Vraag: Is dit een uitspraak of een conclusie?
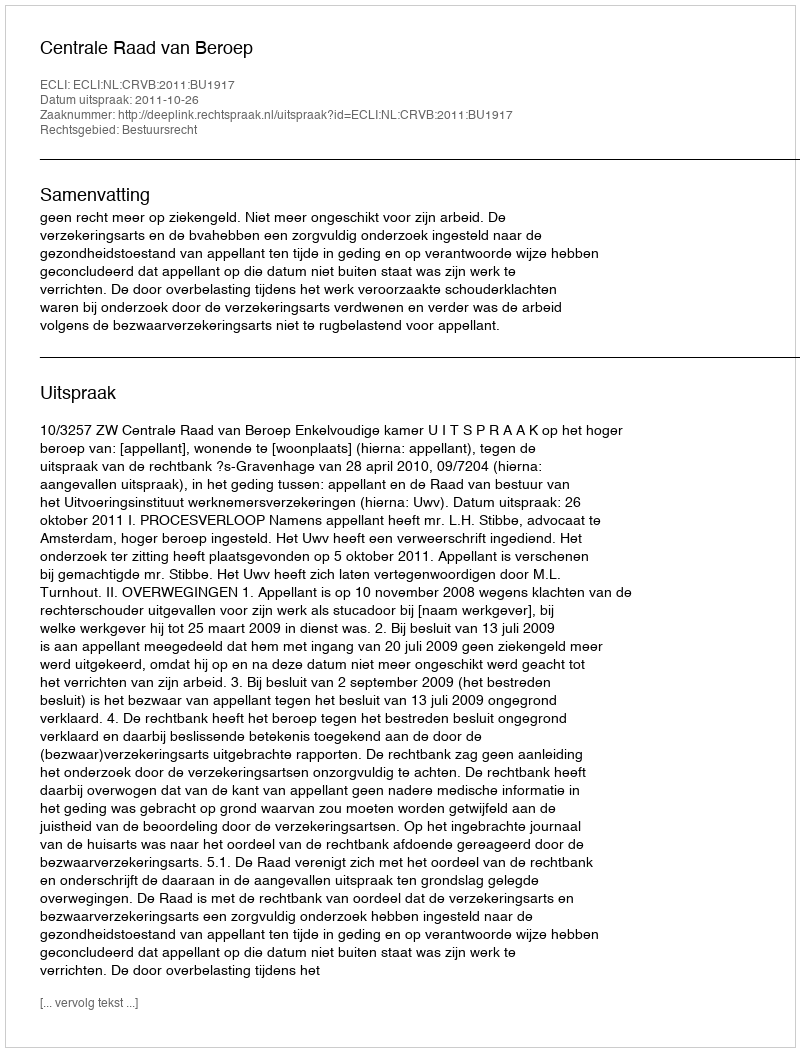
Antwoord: Uitspraak